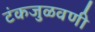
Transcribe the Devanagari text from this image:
टंकजुळवणी